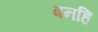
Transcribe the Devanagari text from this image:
बनहि